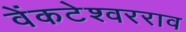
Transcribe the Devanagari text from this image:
वेंकटेश्वरराव